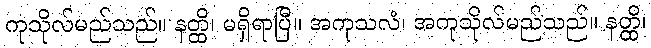
ကုသိုလ်မည်သည်။ နတ္ထိ၊ မရှိရာပြီ။ အကုသလံ၊ အကုသိုလ်မည်သည်။ နတ္ထိ၊